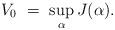
LaTeX: \begin{align*}V_0 \ = \ \sup_\alpha J(\alpha).\end{align*}